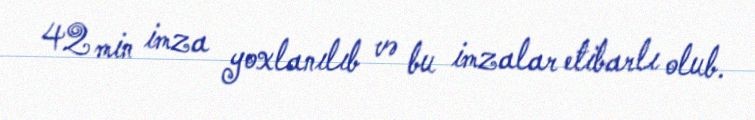
42 min imza yoxlanılıb və bu imzalar etibarlı olub.